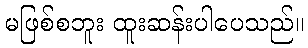
မဖြစ်စဘူး ထူးဆန်းပါပေသည်။